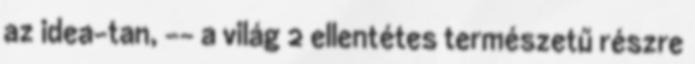
az idea-tan, -- a világ 2 ellentétes természetű részre